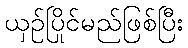
ယှဉ်ပြိုင်မည်ဖြစ်ပြီး